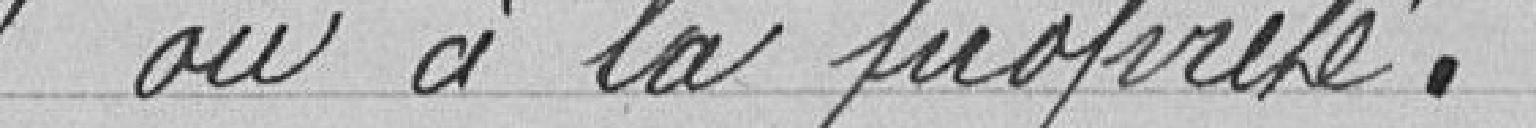
"ou à la propreté.